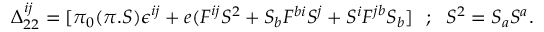
\Delta _ { 2 2 } ^ { i j } = [ \pi _ { 0 } ( \pi . S ) \epsilon ^ { i j } + e ( F ^ { i j } S ^ { 2 } + S _ { b } F ^ { b i } S ^ { j } + S ^ { i } F ^ { j b } S _ { b } ] ~ ~ ; ~ ~ S ^ { 2 } = S _ { a } S ^ { a } .